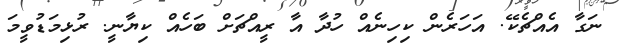
ނަގާ އެއްޗެކޭ. އަހަރެން ކިހިނެއް ހުދާ އާ ރީއްޗަށް ބަހެއް ކިޔާނީ. ރުޅިމަޑުވީމަ